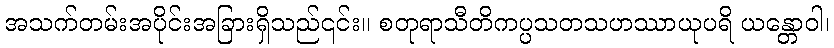
အသက်တမ်းအပိုင်းအခြားရှိသည်၎င်း။ စတုရာသီတိကပ္ပသတသဟဿာယုပရိ ယန္တောဝါ၊